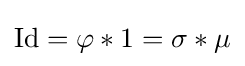
\operatorname {Id} =\varphi *1=\sigma *\mu